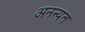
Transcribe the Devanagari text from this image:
अनन्यत